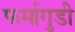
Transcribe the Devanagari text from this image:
फर्मागुडी